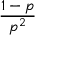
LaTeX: \frac { 1 - p } { p ^ { 2 } }